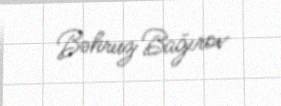
Bəhruz Bağırov